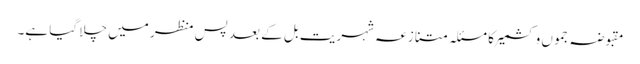
مقبوضہ جموں وکشمیر کا مسئلہ متنازعہ شہریت بل کے بعد پس منظر میں چلا گیا ہے۔